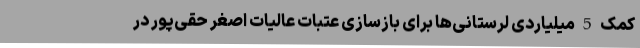
کمک 5 میلیاردی لرستانی‌ها برای بازسازی عتبات عالیات اصغر حقی‌پور در